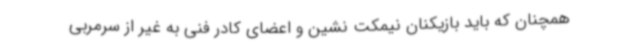
همچنان که باید بازیکنان نیمکت نشین و اعضای کادر فنی به غیر از سرمربی